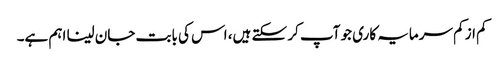
کم از کم سرمایہ کاری جو آپ کر سکتے ہیں، اس کی بابت جان لینا اہم ہے۔